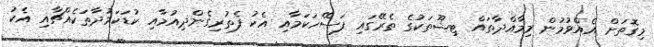
މިގޮތަށް އެއްވުމުން މިމާއްދާތައް ޓިޝޫތަކުގެ ތެރޭގައި ފަސޭހަކަމާއި އެކު ފެތުރިގެންދިއުމާއި ކުޑަކަމުދާތަކެއްޗާއި އެކު